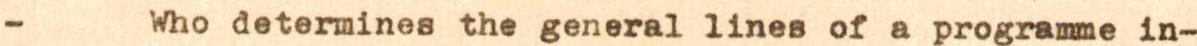
- Who determines the general lines of a programme in-